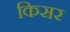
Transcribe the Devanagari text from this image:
किसर